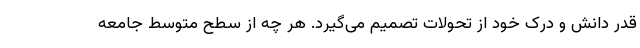
قدر دانش و درک خود از تحولات تصمیم می‌گیرد. هر چه از سطح متوسط جامعه